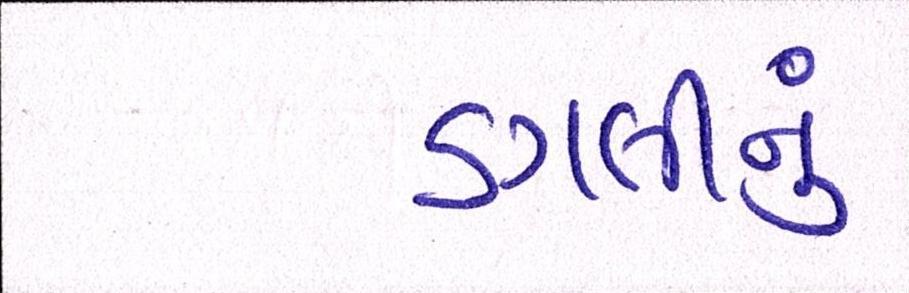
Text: ડગલીનું